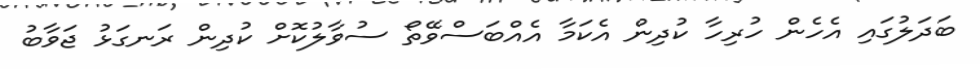
ބަދަލުގައި އެހެން ހުރިހާ ކުދިން އެކަމާ އެއްބަސްވޭތޯ ސުވާލުކޮށް ކުދިން ރަނގަޅު ޖަވާބު